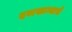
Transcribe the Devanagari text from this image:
दवाखान्याचे